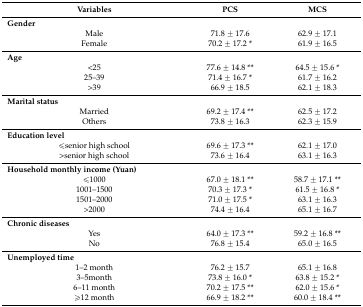
<table><thead><tr><td><b>Variables</b></td><td><b>PCS</b></td><td><b>MCS</b></td></tr></thead><tbody><tr><td><b>Gender</b></td><td></td><td></td></tr><tr><td>Male</td><td>71.8 ± 17.6</td><td>62.9 ± 17.1</td></tr><tr><td>Female</td><td>70.2 ± 17.2 *</td><td>61.9 ± 16.5</td></tr><tr><td><b>Age</b></td><td></td><td></td></tr><tr><td>&lt;25</td><td>77.6 ± 14.8 **</td><td>64.5 ± 15.6 *</td></tr><tr><td>25–39</td><td>71.4 ± 16.7 *</td><td>61.7 ± 16.2</td></tr><tr><td>&gt;39</td><td>66.9 ± 18.5</td><td>62.1 ± 18.3</td></tr><tr><td><b>Marital status</b></td><td></td><td></td></tr><tr><td>Married</td><td>69.2 ± 17.4 **</td><td>62.5 ± 17.2</td></tr><tr><td>Others</td><td>73.8 ± 16.3</td><td>62.3 ± 15.9</td></tr><tr><td><b>Education level</b></td><td></td><td></td></tr><tr><td>≤senior high school</td><td>69.6 ± 17.3 **</td><td>62.1 ± 17.0</td></tr><tr><td>&gt;senior high school</td><td>73.6 ± 16.4</td><td>63.1 ± 16.3</td></tr><tr><td><b>Household monthly income (Yuan)</b></td><td></td><td></td></tr><tr><td>≤1000</td><td>67.0 ± 18.1 **</td><td>58.7 ± 17.1 **</td></tr><tr><td>1001–1500</td><td>70.3 ± 17.3 *</td><td>61.5 ± 16.8 *</td></tr><tr><td>1501–2000</td><td>71.0 ± 17.5 *</td><td>63.1 ± 16.3</td></tr><tr><td>&gt;2000</td><td>74.4 ± 16.4</td><td>65.1 ± 16.7</td></tr><tr><td><b>Chronic diseases</b></td><td></td><td></td></tr><tr><td>Yes</td><td>64.0 ± 17.3 **</td><td>59.2 ± 16.8 **</td></tr><tr><td>No</td><td>76.8 ± 15.4</td><td>65.0 ± 16.5</td></tr><tr><td><b>Unemployed time</b></td><td></td><td></td></tr><tr><td>1–2 month</td><td>76.2 ± 15.7</td><td>65.1 ± 16.8</td></tr><tr><td>3–5month</td><td>73.8 ± 16.0 *</td><td>63.8 ± 15.2 *</td></tr><tr><td>6–11 month</td><td>70.2 ± 17.5 **</td><td>62.0 ± 15.6 *</td></tr><tr><td>≥12 month</td><td>66.9 ± 18.2 **</td><td>60.0 ± 18.4 **</td></tr></tbody></table>